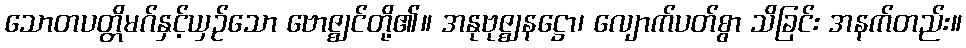
သောတပတ္တိမဂ်နှင့်ယှဉ်သော ဗောဇ္ဈင်တို့၏။ အနုဗုဇ္ဈနဋ္ဌော၊ လျောက်ပတ်စွာ သိခြင်း အနက်တည်း။